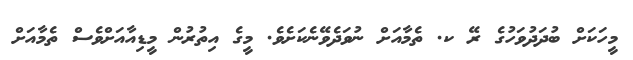
މީހަކަށް ބުދަދުވަހުގެ ރޭ ކ. ތެމާއަށް ނުވަދެވޭނެކަށެވެ. މީގެ އިތުރުން މީޑިއާއަށްވެސް ތެމާއަށް